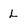
Character: L